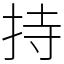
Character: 持